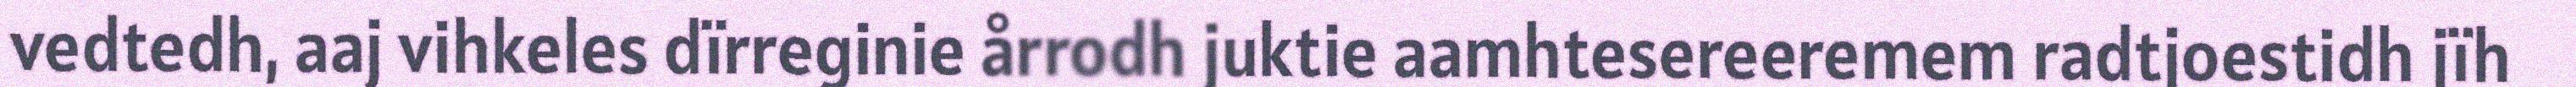
vedtedh, aaj vihkeles dïrreginie årrodh juktie aamhtesereeremem radtjoestidh jïh